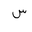
Letter: _sin